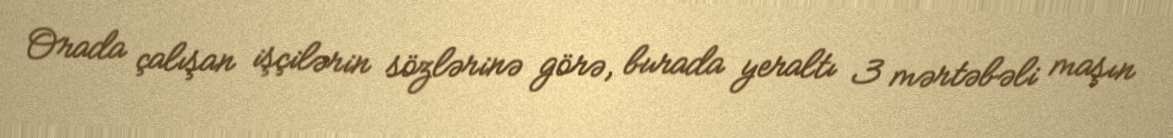
Orada çalışan işçilərin sözlərinə görə, burada yeraltı 3 mərtəbəli maşın